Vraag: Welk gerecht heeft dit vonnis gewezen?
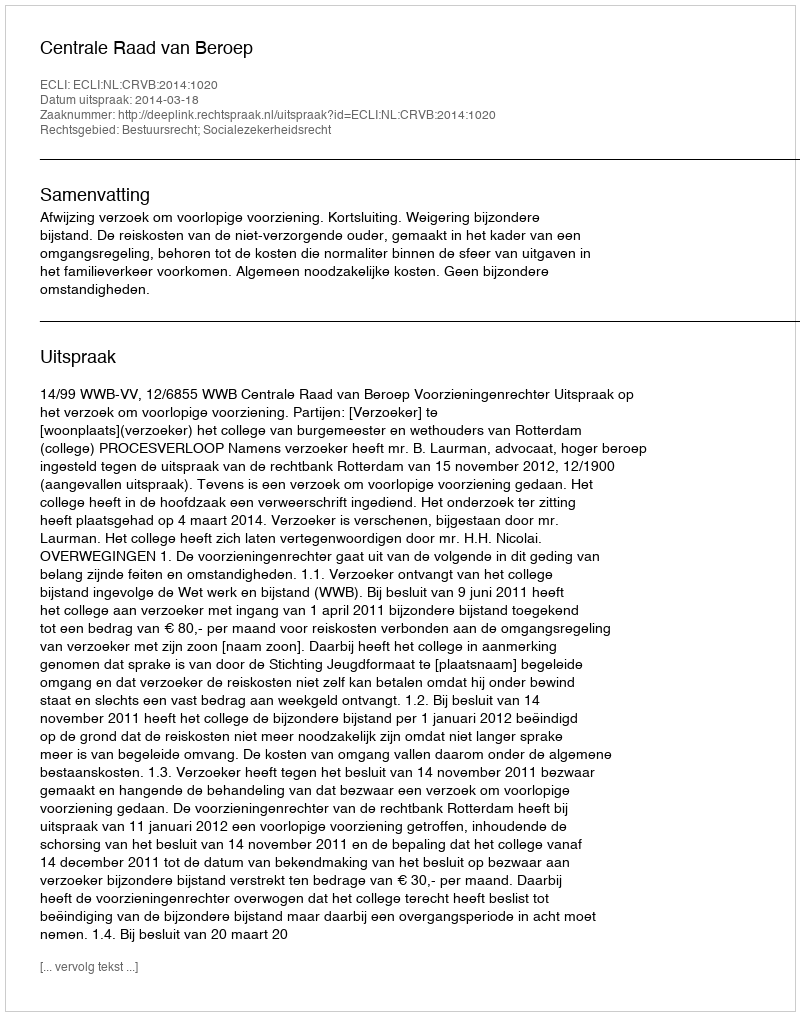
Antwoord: Centrale Raad van Beroep